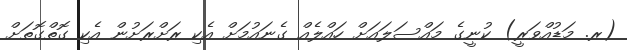
(ރ. މަޑުއްވަރީ) ކުނީގެ މައްސަލައަށް ހައްލެއް ގެނައުމަށް އެކި ރަށްރަށުން އެކި ގޮތްގޮތަށް